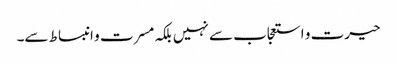
حیرت و استعجاب سے نہیں بلکہ مسرت و انبساط سے۔